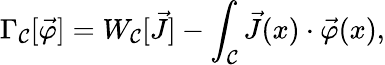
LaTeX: \Gamma_{\mathcal{C}}[\vec{{\varphi}}]=W_{\mathcal{C}}[\vec{{J}}]-\int_{\mathcal{C}}\vec{{J}}(x)\cdot\vec{{\varphi}}(x),